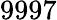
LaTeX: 9997